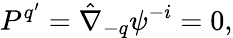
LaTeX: P^{q^{\prime}}=\hat{\nabla}_{-q}\psi^{-i}=0,